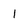
Character: I